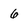
Character: 6